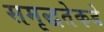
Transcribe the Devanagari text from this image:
समृद्धतेकडे